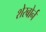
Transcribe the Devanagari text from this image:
शेरबोर्न